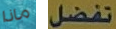
ماذا تفضل